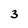
Character: 3